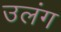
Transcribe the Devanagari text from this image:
उलंग